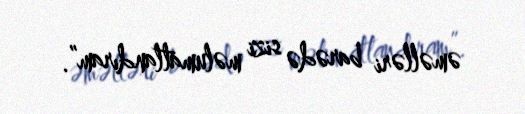
əməlləri barədə sizi məlumatlandıram”.